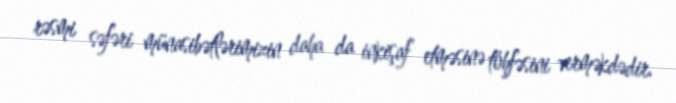
rəsmi səfəri münasibətlərimizin daha da inkişaf etməsinə töhfəsini verməkdədir.